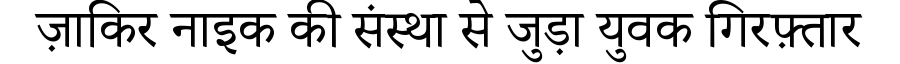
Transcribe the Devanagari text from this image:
ज़ाकिर नाइक की संस्था से जुड़ा युवक गिरफ़्तार